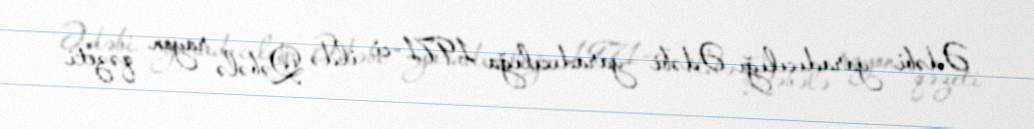
Ədəbi yaradıcılığı Ədəbi yaradıcılığa 1971-ci ildə Qəbələ rayon qəzeti